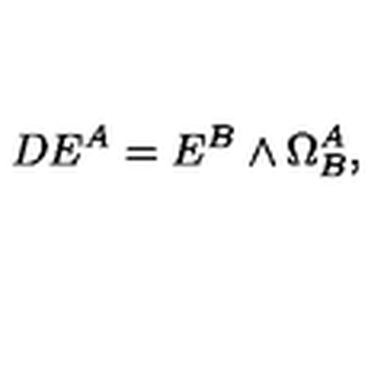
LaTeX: D E ^ { A } = E ^ { B } \wedge \Omega _ { B } ^ { A } ,